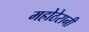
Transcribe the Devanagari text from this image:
महोठेरानी